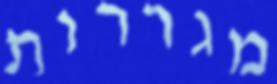
מגררות